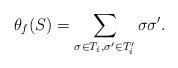
LaTeX: \begin{align*}\theta_f(S)=\sum_{\sigma \in T_i, \sigma' \in T_i'} \sigma \sigma'.\end{align*}